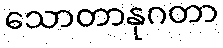
သောတာနုဂတာ